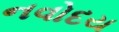
નવોદય